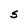
Character: S